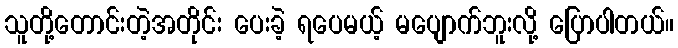
သူတို့တောင်းတဲ့အတိုင်း ပေးခဲ့ ရပေမယ့် မပျောက်ဘူးလို့ ပြောပါတယ်။